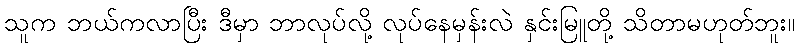
သူက ဘယ်ကလာပြီး ဒီမှာ ဘာလုပ်လို့ လုပ်နေမှန်းလဲ နှင်းမြူတို့ သိတာမဟုတ်ဘူး။